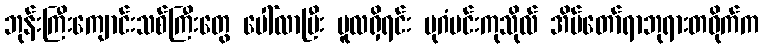
ဘုန်းကြီးကျောင်းသစ်ကြီးတွေ ပေါ်လာပြီး မူလရှိရင်း ပုဂံမင်းကုသိုလ် အိမ်တော်ရာဘုရားတဝိုက်က